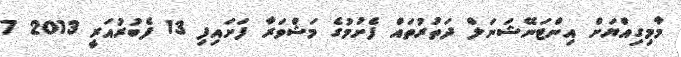
މާމިގިއްޔަށް އިންޓަނޭޝަނަލް ދަތުރުތައް ފެށުމުގެ މަޝްވަރާ ފަށައިފި 13 ފެބުރުއަރީ 2013 7